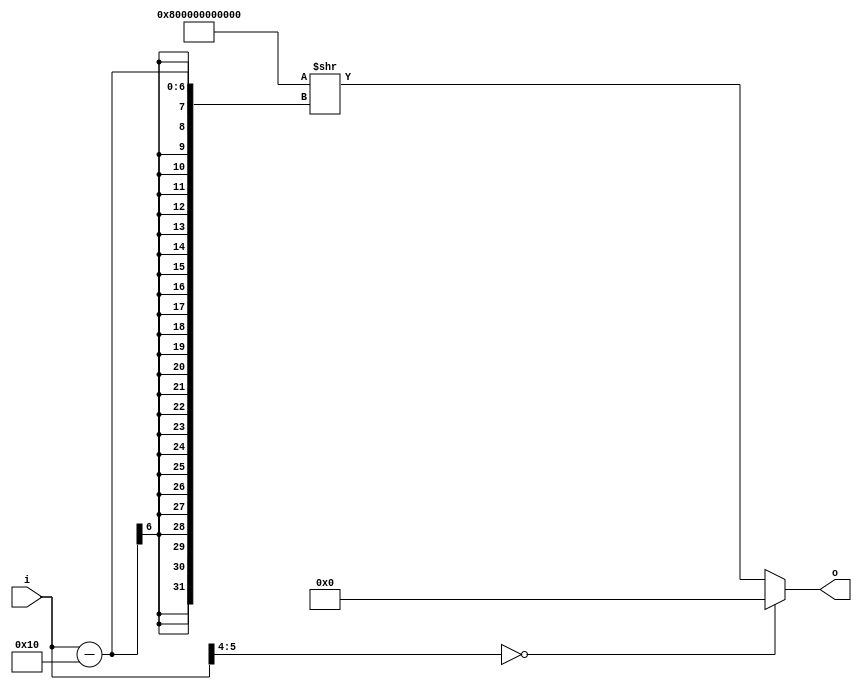
module idec1(
	input [0:5] i,
	output [0:47] o
);

	always @ (*) begin
		if (i[0:1] == 2'b0)
			o = 48'd0;
		else
			o = 48'b100000000000000000000000000000000000000000000000 >> (i-16);
	end

endmodule